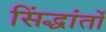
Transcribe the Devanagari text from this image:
सिंद्धांतों